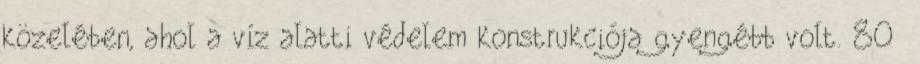
közelében, ahol a víz alatti védelem konstrukciója gyengébb volt. 80